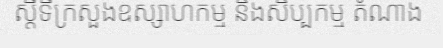
ស្តីទីក្រសួងឧស្សាហកម្ម និងសិប្បកម្ម តំណាង